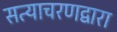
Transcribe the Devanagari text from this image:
सत्याचरणद्वारा